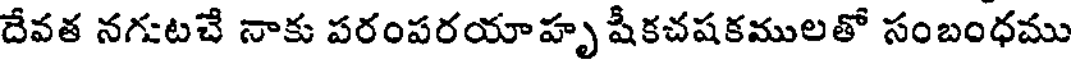
దేవత నగుటచే నాకు పరంపరయాహృ షీకచషకములతో సంబంధము